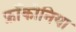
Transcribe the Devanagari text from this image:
फ्रॉंकोनिया